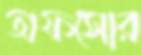
অফসোর